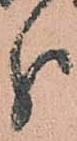
分